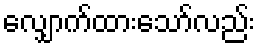
လျှောက်ထားသော်လည်း